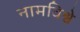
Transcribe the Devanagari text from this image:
नामविश्वे